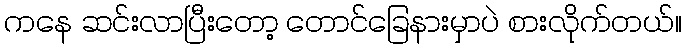
ကနေ ဆင်းလာပြီးတော့ တောင်ခြေနားမှာပဲ စားလိုက်တယ်။